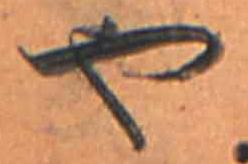
や